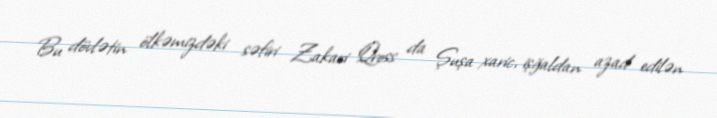
Bu dövlətin ölkəmizdəki səfiri Zakari Qross da Şuşa xaric, işğaldan azad edilən